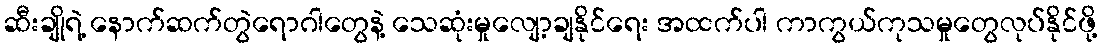
ဆီးချိုရဲ့ နောက်ဆက်တွဲရောဂါတွေနဲ့ သေဆုံးမှုလျော့ချနိုင်ရေး အထက်ပါ ကာကွယ်ကုသမှုတွေလုပ်နိုင်ဖို့